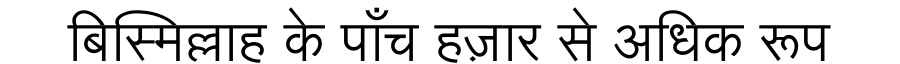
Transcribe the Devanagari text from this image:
बिस्मिल्लाह के पाँच हज़ार से अधिक रूप